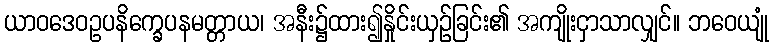
ယာဝဒေဝဥပနိက္ခေပနမတ္တာယ၊ အနီး၌ထား၍နှိုင်းယှဉ်ခြင်း၏ အကျိုးငှာသာလျှင်။ ဘဝေယျုံ